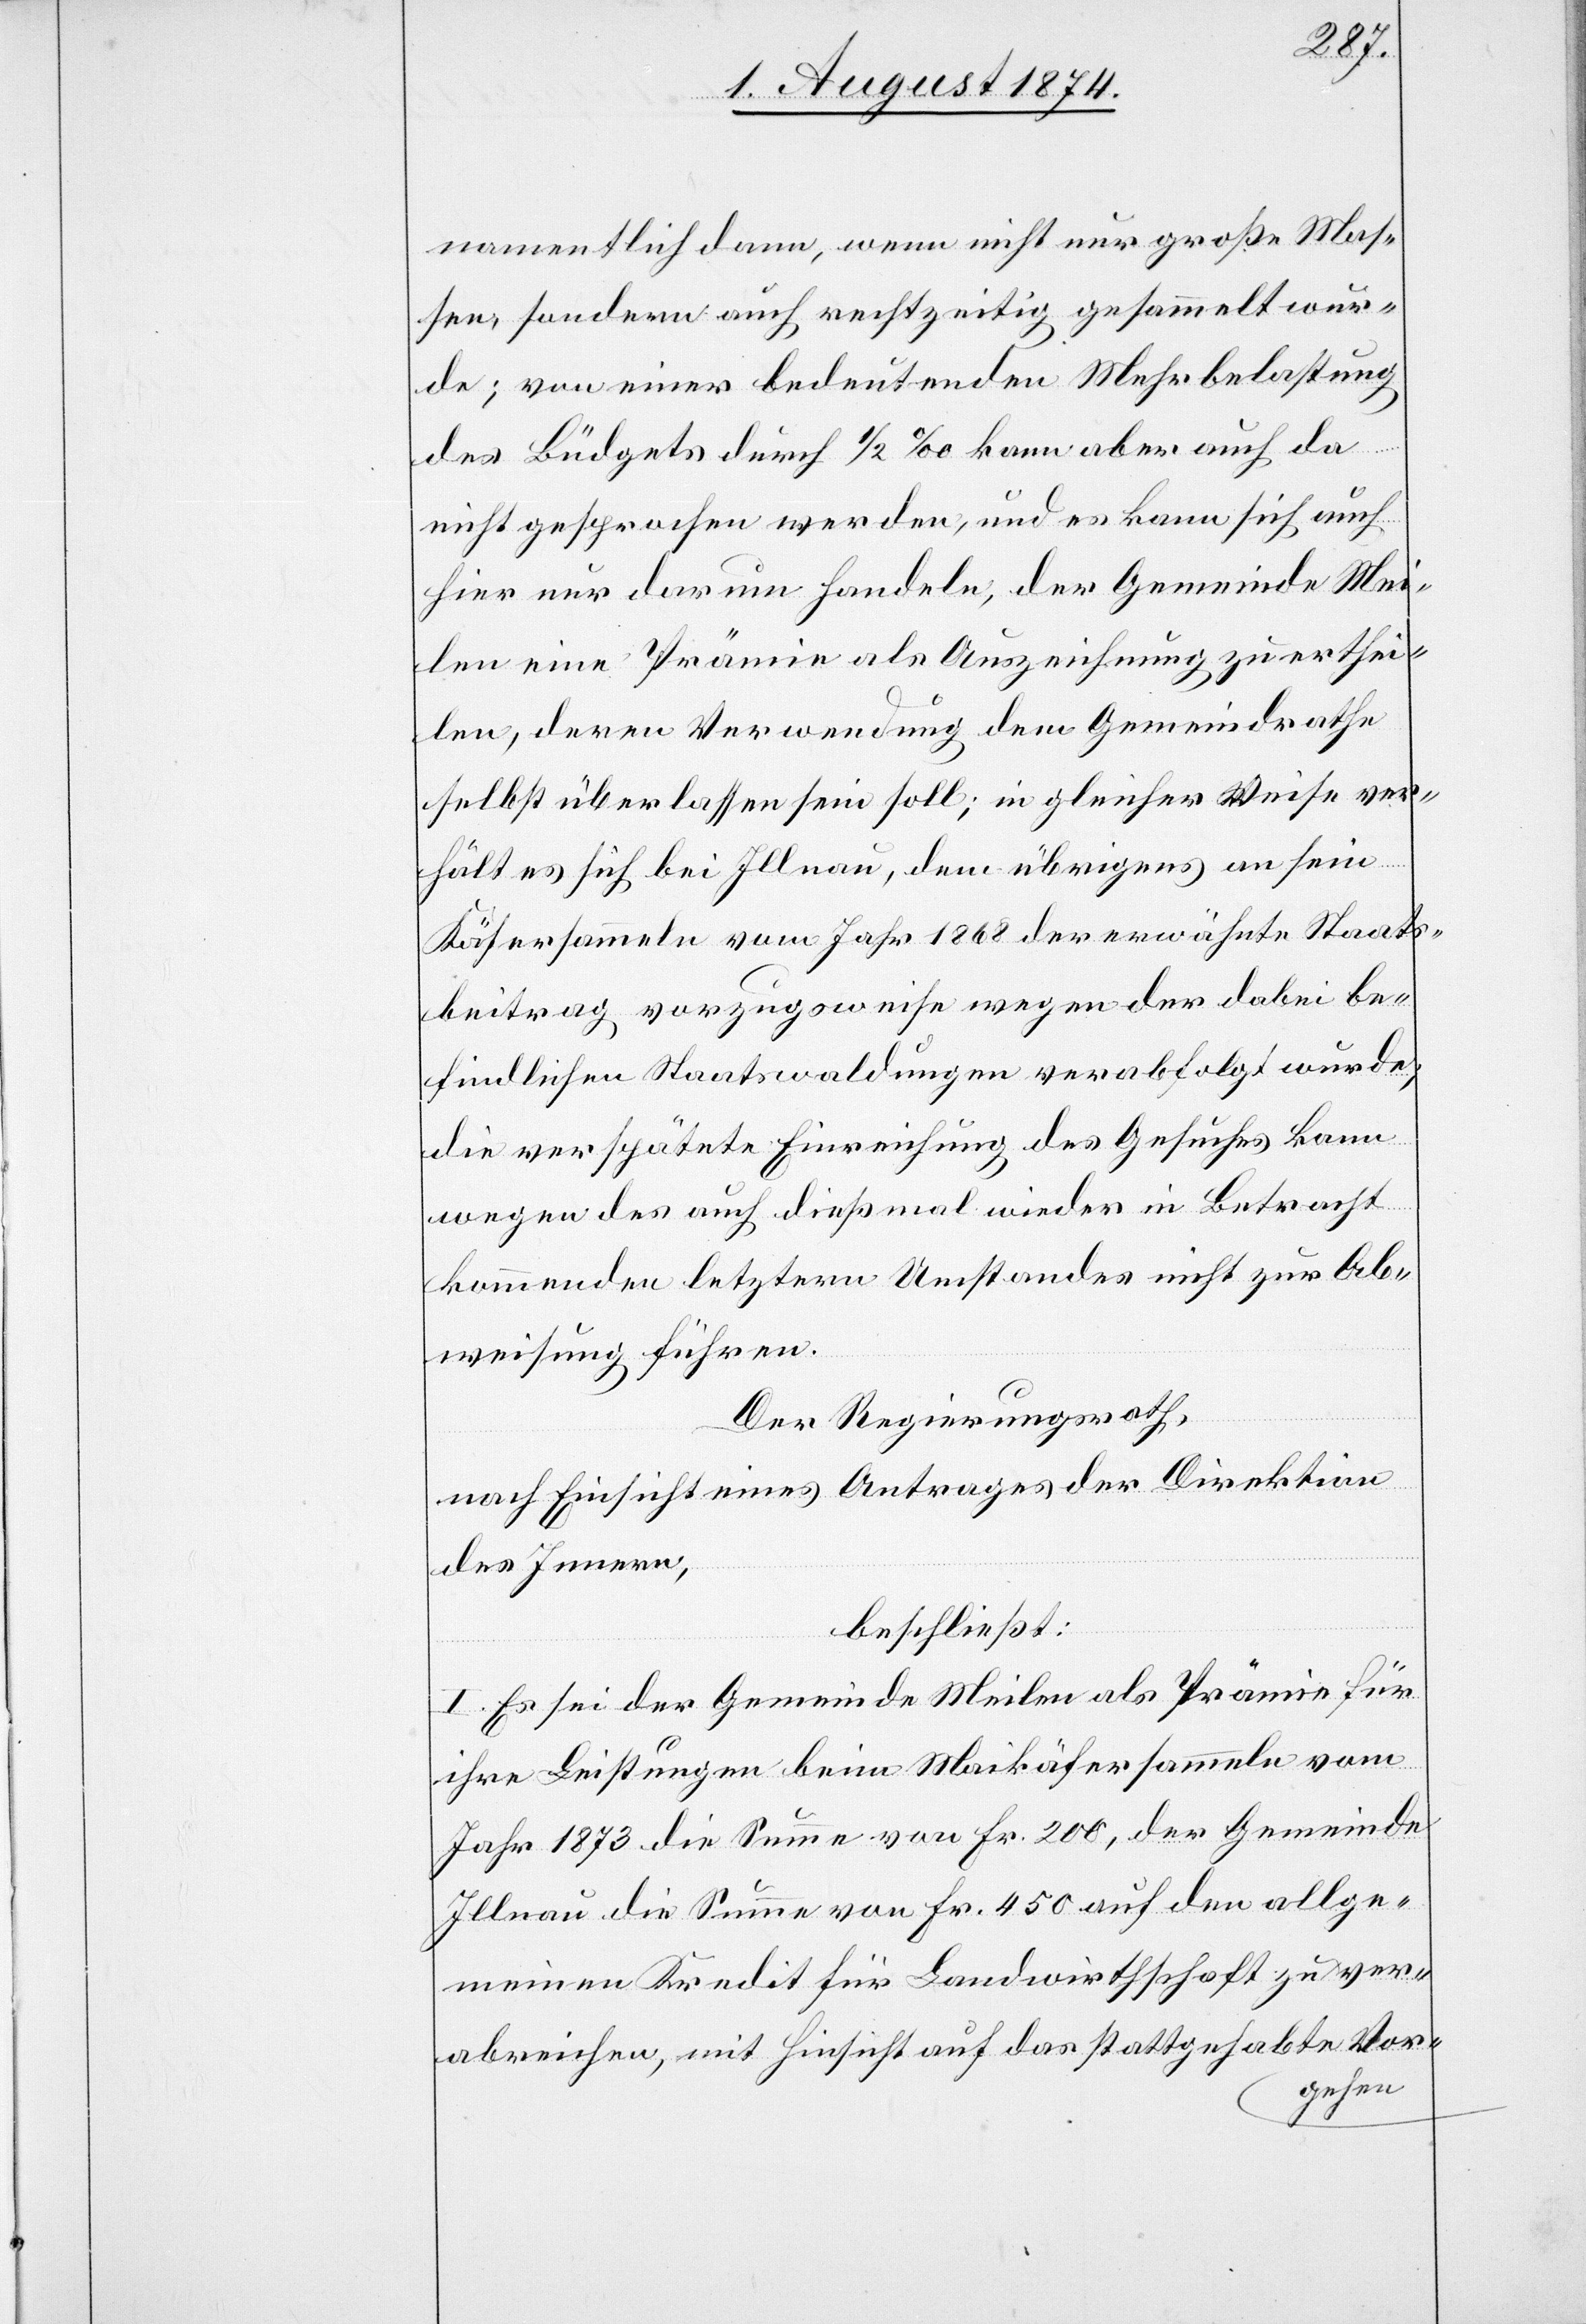
namentlich dann, wenn nicht nur große Mas¬
sen, sondern auch rechtzeitig gesammelt wur¬
de; von einer bedeutenden Mehrbelastung
des Büdgets durch 1/2‰ kann aber auch da
nicht gesprochen werden, und es kann sich auch
hier nur darum handeln, der Gemeinde Mei¬
len eine Prämie als Auszeichnung zu erthei¬
len, deren Verwendung dem Gemeindrathe
selbst überlassen sein soll; in gleicher Weise ver¬
hält es sich bei Illnau, dem übrigens an sein
Käfersammeln vom Jahr 1868 der erwähnte Staats¬
beitrag vorzugsweise wegen der dabei be¬
findlichen Staatswaldungen verabfolgt wurde;
die verspätete Einreichung des Gesuches kann
wegen des auch dießmal wieder in Betracht
kommenden letztern Umstandes nicht zu Ab¬
weisung führen.
Der Regierungsrath,
nach Einsicht eines Antrages der Direktion
des Innern,
beschließt:
I. Es sei der Gemeinde Meilen als Prämie für
ihre Leistungen beim Maikäfersammeln vom
Jahr 1873 die Summe von Fr. 200, der Gemeinde
Illnau die Summe von Fr. 450 auf den allge¬
meinen Kredit für Landwirthschaft zu ver¬
abreichen, mit Hinsicht auf das stattgehabte Vor-